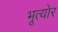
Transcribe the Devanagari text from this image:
भूत्योर